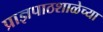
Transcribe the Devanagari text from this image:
प्राज्ञपाठशाळेच्या